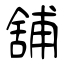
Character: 舖